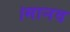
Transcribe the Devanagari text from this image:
।मानव